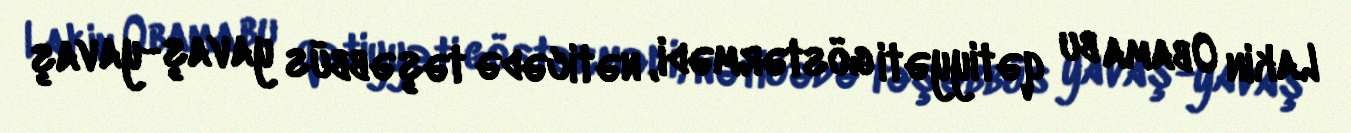
Lakin Obama bu qətiyyəti göstərmədi, nəticədə təşəbbüs yavaş-yavaş